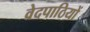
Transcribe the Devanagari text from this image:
वेदपाठियों